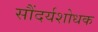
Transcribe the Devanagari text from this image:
सौंदर्यशोधक